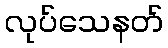
လုပ်သေနတ်